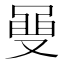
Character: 𮮡